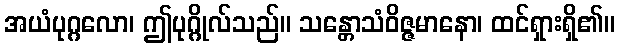
အယံပုဂ္ဂလော၊ ဤပုဂ္ဂိုလ်သည်။ သန္တောသံဝိဇ္ဇမာနော၊ ထင်ရှားရှိ၏။